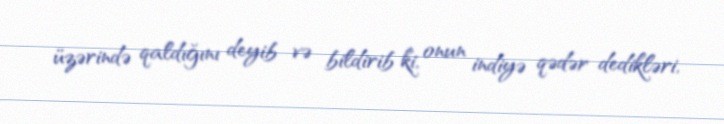
üzərində qaldığını deyib və bildirib ki, onun indiyə qədər dedikləri,